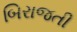
બિરાજતી